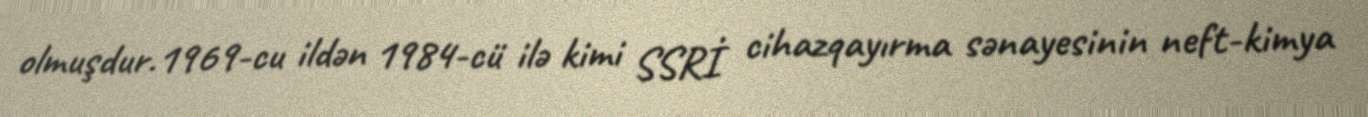
olmuşdur.1969-cu ildən 1984-cü ilə kimi SSRİ cihazqayırma sənayesinin neft-kimya